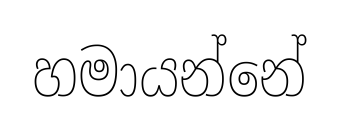
හමායන්නේ